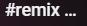
#remix ...